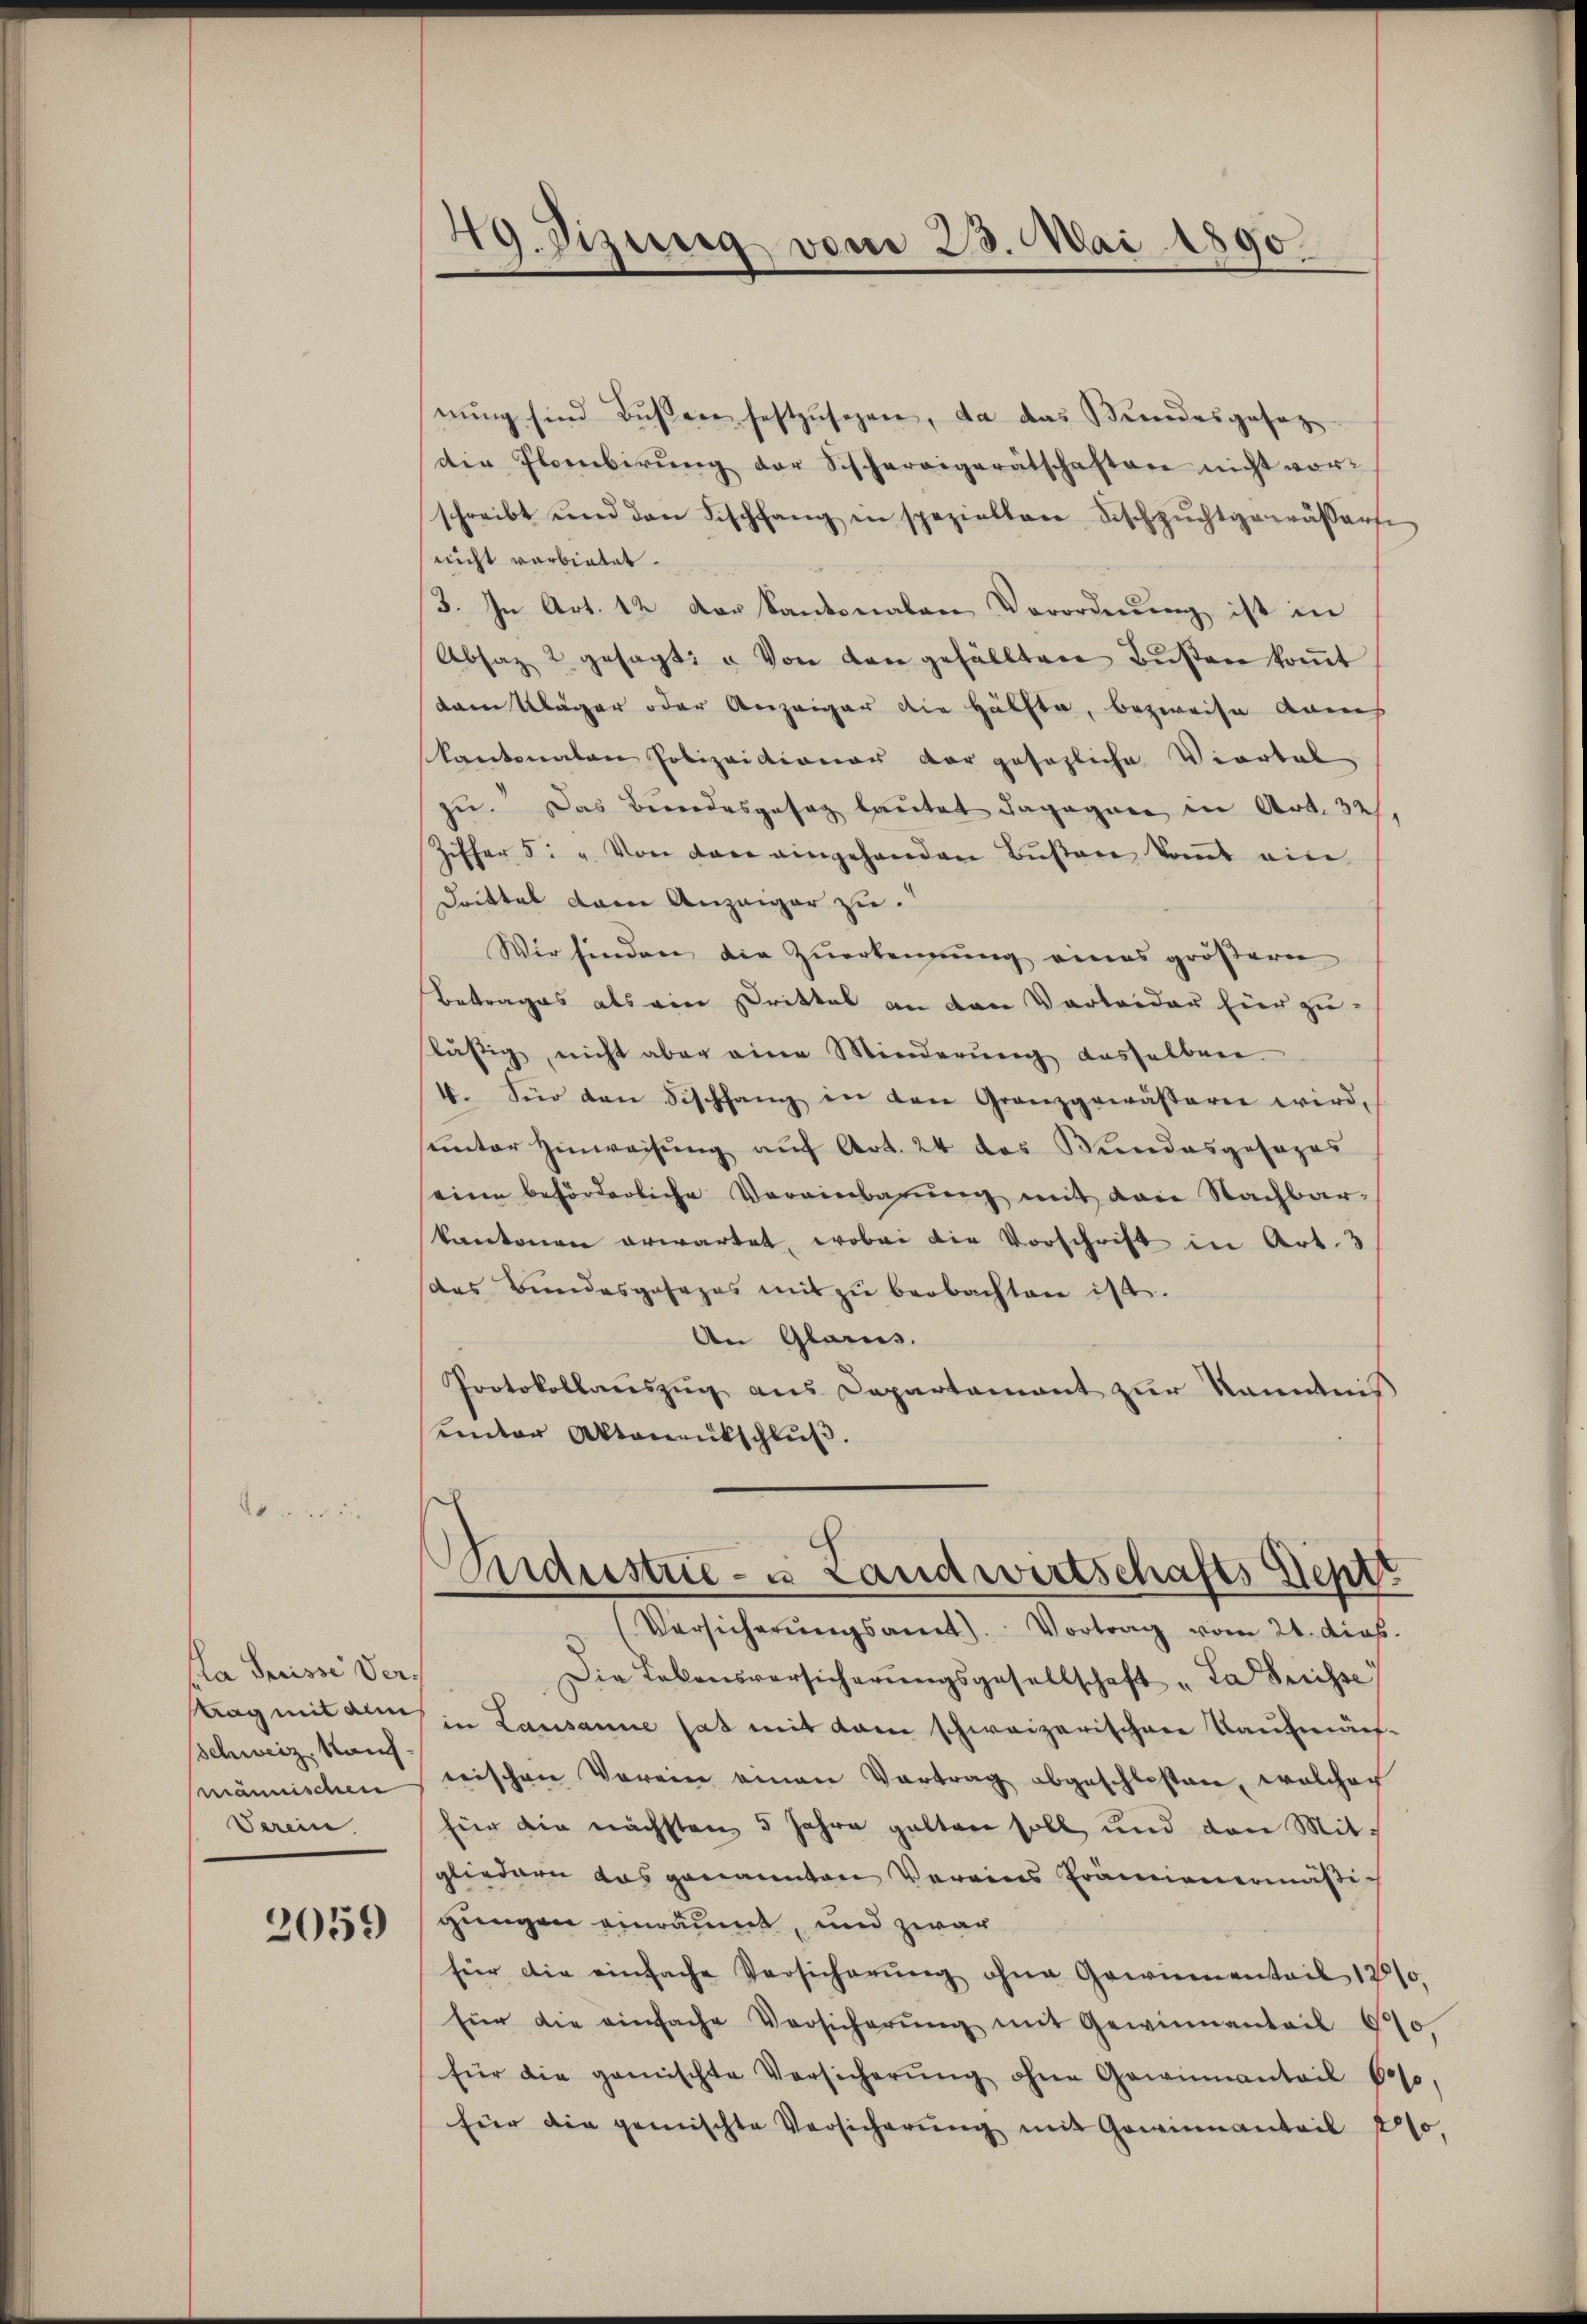
Pla Serisse Vertag mit eine
Schweiz, Kauf-
männischen

2059

49. Sizung vom 23. Mai 1890.

nŭng sind Bŭβere festzusehen, da das Bundesgesezdie Flornbirung der Sicherigerätschaften nicht vorschreibt und den Fischfang in speziellene Fischzŭchtgewässerte
nicht verbietet.
3. In Art. 12 der Kantonalen Verordnung ist in
Absatz 2 gesagt, u. Von den gefällten Bŭβen koṁt
dam Kläger oder Anzeiger die Hälfte, bezweise annes
kantonalen Polizaictionar der gesezliche Viertel
zu. Das Bundesgesag lautet dagegen in Art. 32
Ziffer 5. u. Von den eingehenden Bŭβere kommt ein
drittel danne Anzeiger zu.
Wir finden die Zuerkennung eines größeren
Betrages als ein Drittel an den Verleider hier zuslästig, nicht aber eine Minderŭng dasselben
4. Für den Fischfang in den Granzgewässern wird,
sunter Hinweisung auf Art. 24 das Wundesgesezes
eine beförderliche Vereinbarŭng mit den Nachbar-
kantonen erwartet, wobei die Vorschrift in Art. 3
das Bundesgesezes mit zŭ beobachten ist.
An Glarus.
Protokollaŭszŭg aŭs Departamant zŭr Kenntnis
unter Aktenentschluß.

Andustrie- u Landwirtschafts Septe

Versicherŭngsamt. Vortrag vom 21. dies
Die Tabensversicherŭngsgesellschaft „La Breisse
in Lausanne hat mit dem schweizerischen Kaufmäch-
wischen Verein einen Vortrag abgeschlossen, welcher
Verein. für die nächsten 5 Jahre galten soll und den Mit-
gliedern das genannten Vereins Prämienermäßig
gungen einräumt, und zwar
für die einfache Versicherŭng ohne Gewinnenteil 1810,
für die einfache Versicherŭng mit Gewinnanteil 970,
für die gemischte Versicherŭng ohne Gewinnantail 600,
für die gemischte Versicherŭng mit Gewinnanteil 4%,